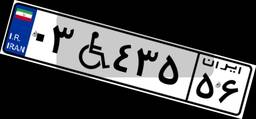
۰۳W۴۳۵۵۶